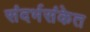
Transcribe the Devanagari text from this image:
संदर्भसंकेत